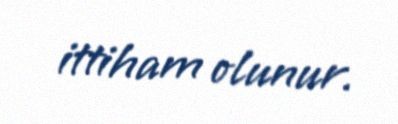
ittiham olunur.